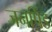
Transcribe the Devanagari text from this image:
जनपिंड